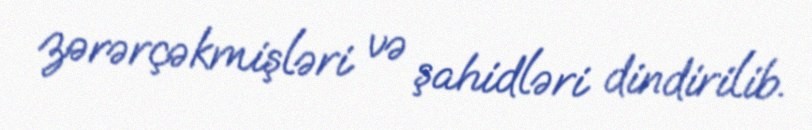
zərərçəkmişləri və şahidləri dindirilib.